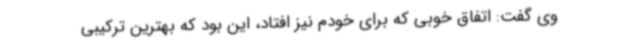
وی گفت: اتفاق خوبی که برای خودم نیز افتاد، این بود که بهترین ترکیبی